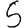
Digit: 5